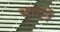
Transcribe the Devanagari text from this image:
भूपटी